Source: Computer-generated
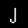
Digit: ၂ (2)